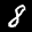
Label: 8